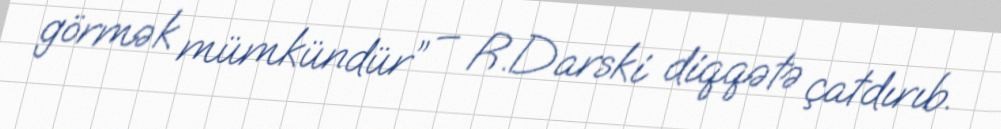
görmək mümkündür” – R.Darski diqqətə çatdırıb.